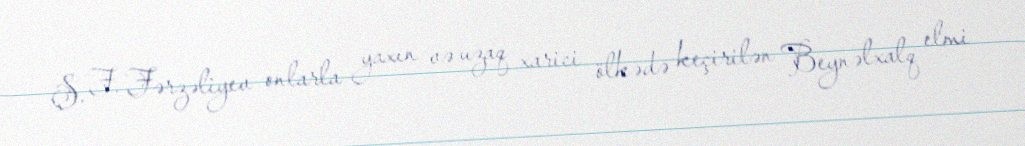
Ş. F. Fərzəliyev onlarla yaxın və uzaq xarici ölkədə keçirilən Beynəlxalq elmi